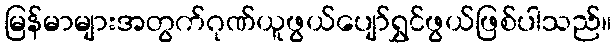
မြန်မာများအတွက်ဂုဏ်ယူဖွယ်ပျော်ရွှင်ဖွယ်ဖြစ်ပါသည်။